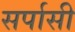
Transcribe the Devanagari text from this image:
सर्पासी